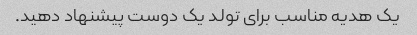
یک هدیه مناسب برای تولد یک دوست پیشنهاد دهید.